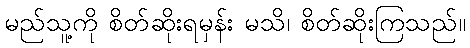
မည်သူ့ကို စိတ်ဆိုးရမှန်း မသိ၊ စိတ်ဆိုးကြသည်။